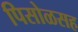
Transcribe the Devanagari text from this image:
पिसोळसह